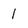
Character: 1